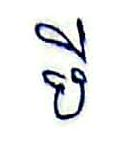
បី